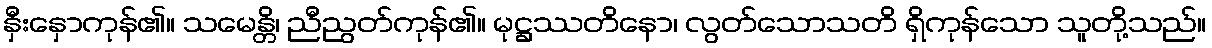
နှီးနှောကုန်၏။ သမေန္တိ၊ ညီညွတ်ကုန်၏။ မုဋ္ဌဿတိနော၊ လွတ်သောသတိ ရှိကုန်သော သူတို့သည်။